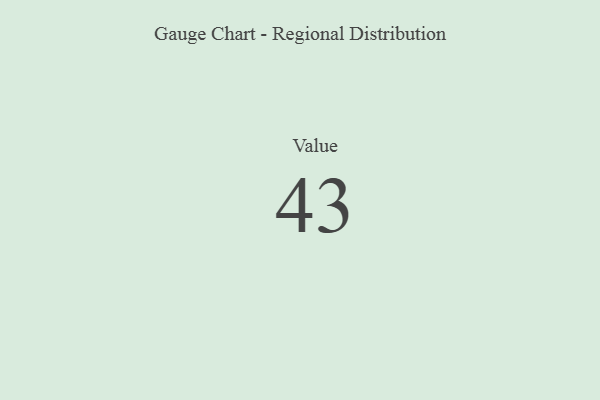
{"axis": {"x": "Metric", "y": "Value"}, "legend": [""], "data": [{"x": "Value", "y": 43, "type": ""}]}